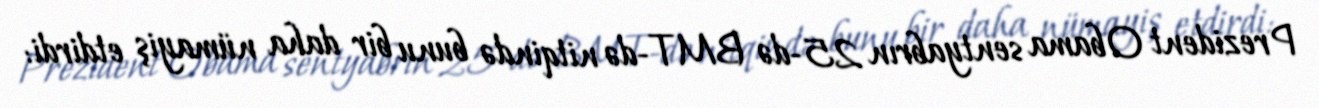
Prezident Obama sentyabrın 25-də BMT-də nitqində bunu bir daha nümayiş etdirdi: